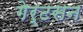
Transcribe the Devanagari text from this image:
गेर्टसन